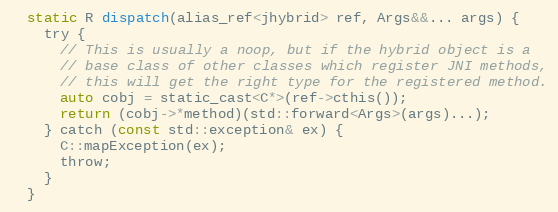
Language: C
  static R dispatch(alias_ref<jhybrid> ref, Args&&... args) {
    try {
      // This is usually a noop, but if the hybrid object is a
      // base class of other classes which register JNI methods,
      // this will get the right type for the registered method.
      auto cobj = static_cast<C*>(ref->cthis());
      return (cobj->*method)(std::forward<Args>(args)...);
    } catch (const std::exception& ex) {
      C::mapException(ex);
      throw;
    }
  }